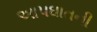
આપઘાતની